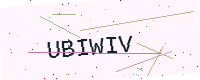
Text: UBIWIV